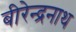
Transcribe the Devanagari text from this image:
बीरेन्द्रनाथ